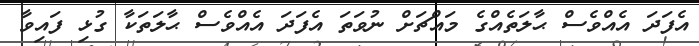
އެފަދަ އެއްވެސް ޙާލަތެއްގެ މައްޗަށް ނުވަތަ އެފަދަ އެއްވެސް ޙާލަތަކާ ގުޅި ފައިވާ